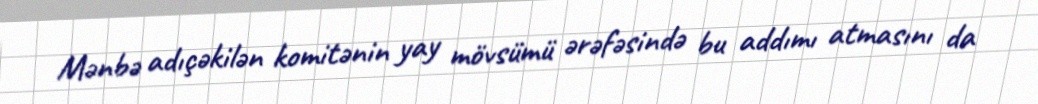
Mənbə adıçəkilən komitənin yay mövsümü ərəfəsində bu addımı atmasını da